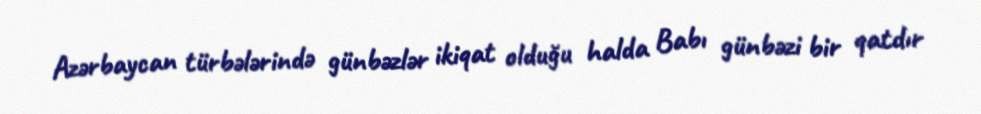
Azərbaycan türbələrində günbəzlər ikiqat olduğu halda Babı günbəzi bir qatdır